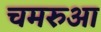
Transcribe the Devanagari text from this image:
चमरुआ